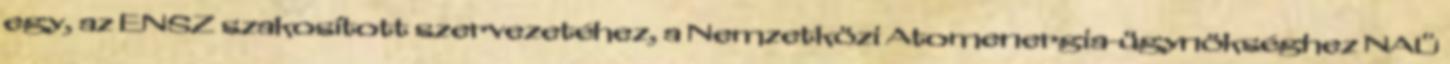
egy, az ENSZ szakosított szervezetéhez, a Nemzetközi Atomenergia-ügynökséghez NAÜ